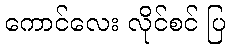
ကောင်လေး လိုင်စင် ပြ